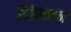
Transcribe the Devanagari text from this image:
डिफ्रैक्शन